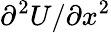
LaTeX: \partial^{2}{U}/\partial{x}^{2}